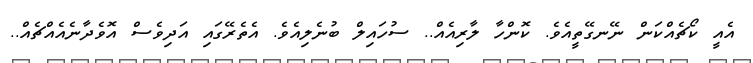
އެއީ ކޯޗެއްކަން ނޭނގޭތީއެވެ. ކޮންހާ ލާރިއެއް.. ސުހައިލް ބުނެލިއެވެ. އެތެރޭގައި އަދިވެސް އޮވެދާނެއެއްޗެއް..